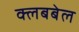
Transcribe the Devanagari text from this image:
क्लबबेल